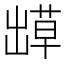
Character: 𫥬